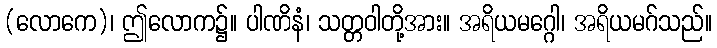
(လောကေ)၊ ဤလောက၌။ ပါဏိနံ၊ သတ္တဝါတို့အား။ အရိယမဂ္ဂေါ၊ အရိယမဂ်သည်။